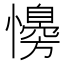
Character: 𢣔